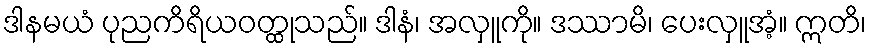
ဒါနမယံ ပုညကိရိယဝတ္ထုသည်။ ဒါနံ၊ အလှူကို။ ဒဿာမိ၊ ပေးလှူအံ့။ ဣတိ၊